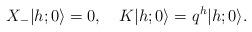
LaTeX: \begin{align*}X_-\vert h; 0\rangle =0, \quad K\vert h; 0\rangle = q^h \vert h; 0\rangle.\end{align*}